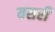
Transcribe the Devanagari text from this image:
यसरी